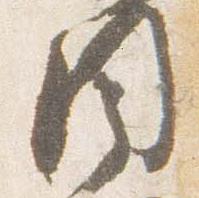
目